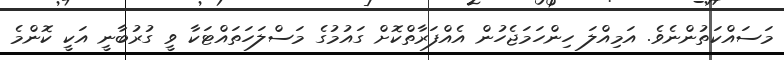
މަސައްކަތުންނެވެ. އަމިއްލަ ހިންހަމަޖެހުން އެއްފަރާތްކޮށް ގައުމުގެ މަސްލަހަތައްޓަކާ ވީ ގުރުބާނީ އަކީ ކޮންމެ